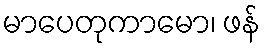
မာပေတုကာမော၊ ဖန်